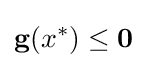
\mathbf {g} (x^{*})\leq \mathbf {0}